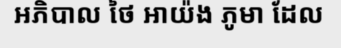
អភិបាល ថៃ អាយ៉ង ភូមា ដែល